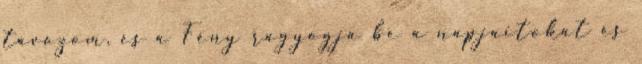
távozom, és a Fény ragyogja be a napjaitokat és